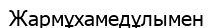
Жармұхамедұлымен